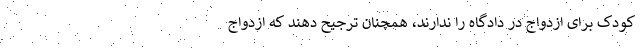
کودک برای ازدواج در دادگاه را ندارند، همچنان ترجیح دهند که ازدواج